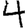
Digit: 4